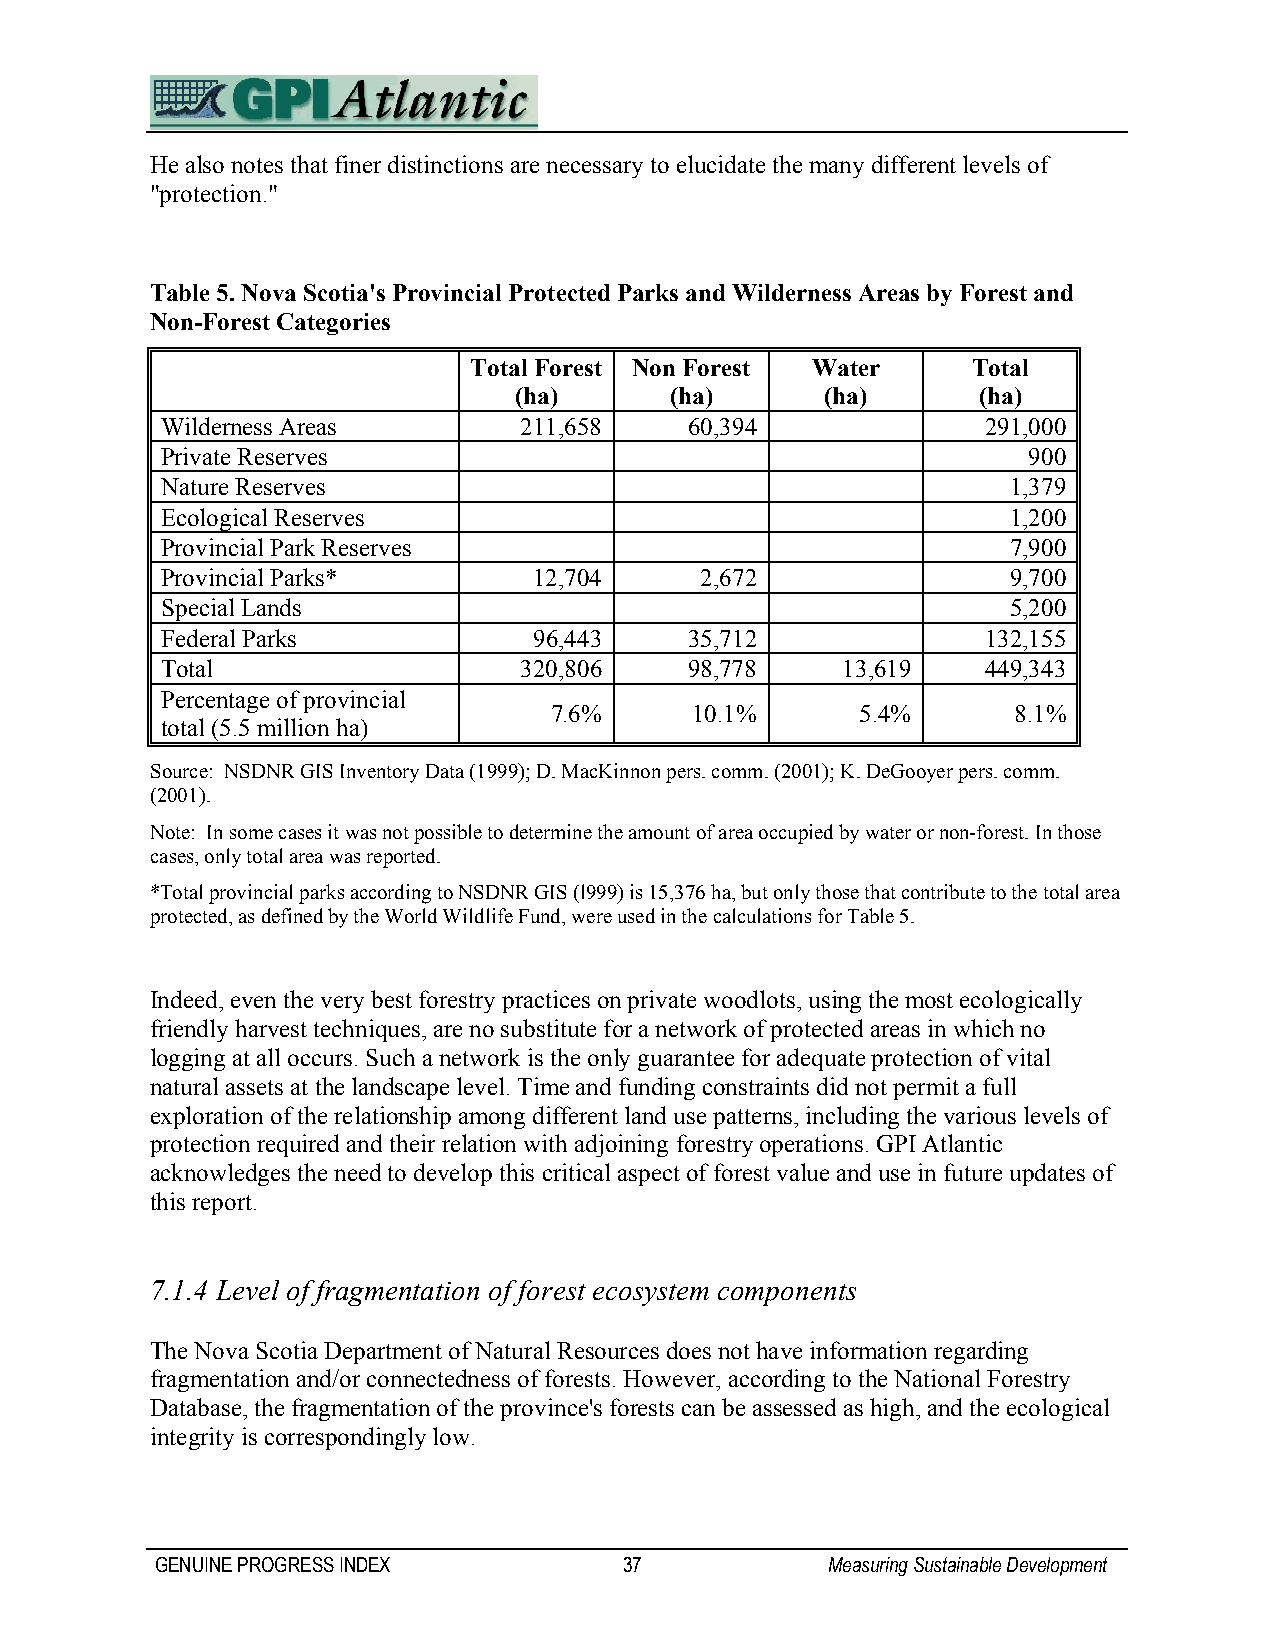
He also notes that finer distinctions are necessary to elucidate the many different levels of
 "protection."
 Table 5. Nova Scotia's Provincial Protected Parks and Wilderness Areas by Forest and
 Non-Forest Categories
 Total Forest Non Forest Water    Total
 (ha)      (ha)       (ha)      (ha)
 Wilderness Areas        211,658    60,394             291,000
 Private Reserves                                         900
 Nature Reserves                                         1,379
 Ecological Reserves                                     1,200
 Provincial Park Reserves                                7,900
 Provincial Parks*       12,704     2,672                9,700
 Special Lands                                           5,200
 Federal Parks           96,443     35,712             132,155
 Total                   320,806    98,778    13,619   449,343
 Percentage of provincial
 7.6%      10.1%      5.4%      8.1%
 total (5.5 million ha)
 Source: NSDNR GIS Inventory Data (1999); D. MacKinnon pers. comm. (2001); K. DeGooyer pers. comm.
 (2001).
 Note: In some cases it was not possible to determine the amount of area occupied by water or non-forest. In those
 cases, only total area was reported.
 *Total provincial parks according to NSDNR GIS (l999) is 15,376 ha, but only those that contribute to the total area
 protected, as defined by the World Wildlife Fund, were used in the calculations for Table 5.
 Indeed, even the very best forestry practices on private woodlots, using the most ecologically
 friendly harvest techniques, are no substitute for a network of protected areas in which no
 logging at all occurs. Such a network is the only guarantee for adequate protection of vital
 natural assets at the landscape level. Time and funding constraints did not permit a full
 exploration of the relationship among different land use patterns, including the various levels of
 protection required and their relation with adjoining forestry operations. GPI Atlantic
 acknowledges the need to develop this critical aspect of forest value and use in future updates of
 this report.
 7.1.4 Level of fragmentation of forest ecosystem components
 The Nova Scotia Department of Natural Resources does not have information regarding
 fragmentation and/or connectedness of forests. However, according to the National Forestry
 Database, the fragmentation of the province's forests can be assessed as high, and the ecological
 integrity is correspondingly low.
 GENUINE PROGRESS INDEX         37            Measuring Sustainable Development